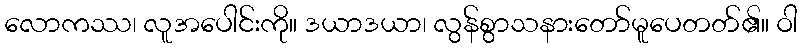
လောကဿ၊ လူအပေါင်းကို။ ဒယာဒယာ၊ လွန်စွာသနားတော်မူပေတတ်၏။ ဝါ